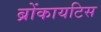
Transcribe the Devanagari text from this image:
ब्रोंकायटिस